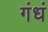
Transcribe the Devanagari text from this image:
गंधं